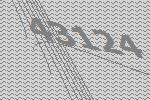
43124